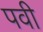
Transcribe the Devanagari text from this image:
पवी